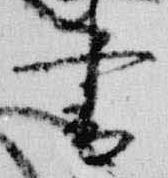
書